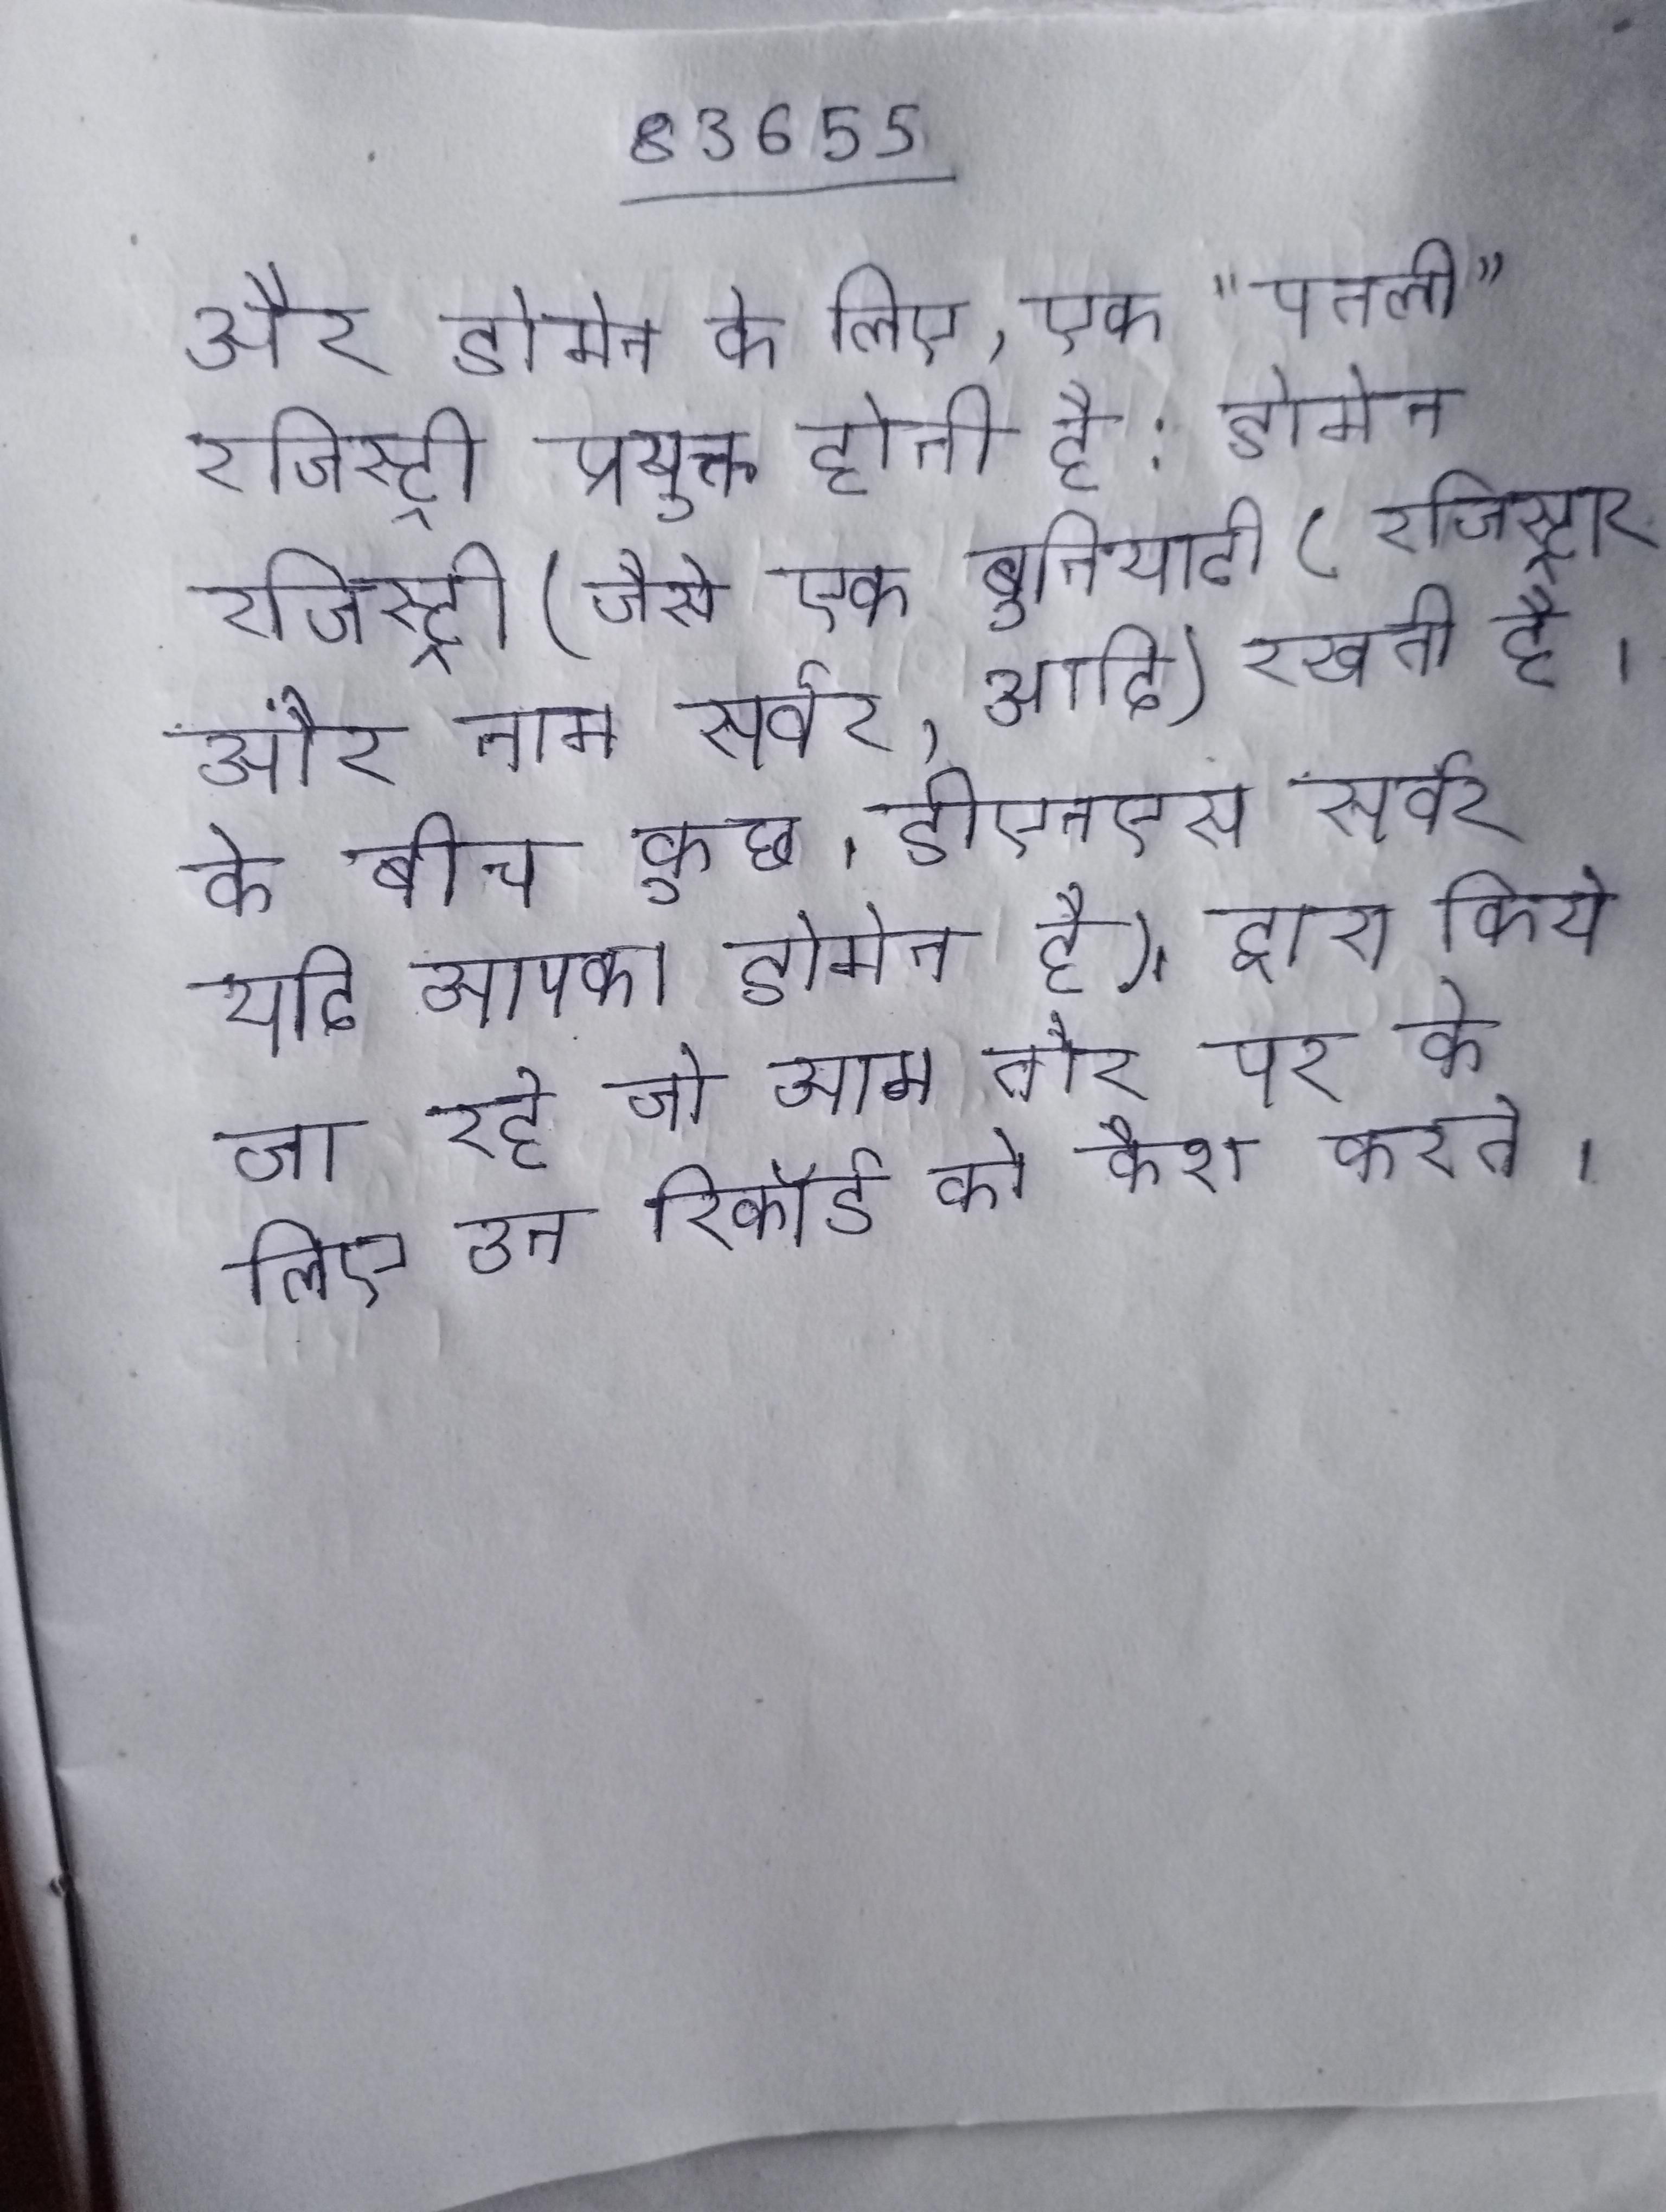
और डोमेन के लिए, एक "पतली" रजिस्ट्री प्रयुक्त होती है: डोमेन रजिस्ट्री (जैसे एक बुनियादी (रजिस्ट्रार और नाम सर्वर, आदि) रखती है । के बीच कुछ । डीएनएस सर्वर यदि आपका डोमेन है), द्वारा किये जा रहे जो आम तौर पर के लिए उन रिकॉर्ड को कैश करते ।